Vaccination returns of the Province of Eastern Bengal and Assam - 1905-1912
Year: 1905
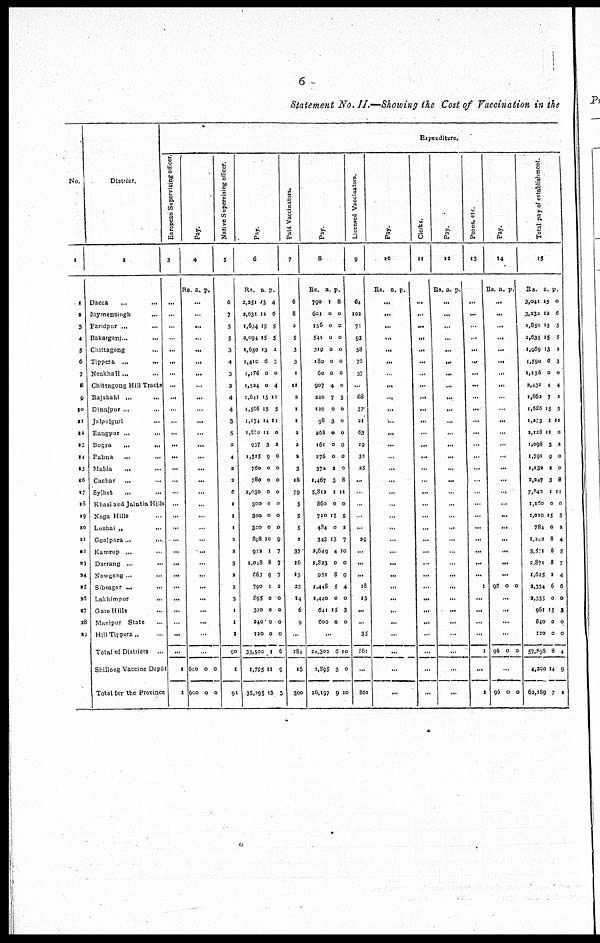
6
Statement No. II.—Showing the Cost of Vaccination in the
No.
1
1
2
3
4
5
6
7
8
9
10
11
13
13
14
15
16
17
18
19
20
21
22
23
24
25
26
27
28
29
District.
2
Dacca...
...
...
Mymensingh...
...
Faridpur...
...
Bakarganj...
...
Chittagong... ...
Tippera...
...
Noakhali... ...
Chittagong Hill Tracts
Rajshahi... ...
Dinajpur...
...
Jalpaiguri... ...
Rangpur... ...
Bogra...
...
Pabna...
...
Malda... ...
Cachar... ...
Sylhet...
...
Khasi and Jaintia Hills
Naga Hills
Lushai „
...
Goalpara...
...
Kamrup...
...
Darrang...
...
Nowgong ...
Sibsagar... ...
Lakhimpur...
...
Garo Hills...
Manipur State...
Hill Tippera „
Total of Districts...
Shillong Vaccine Depôt
Total for the Province
Expenditure.
European Supervising officer.
3
...
...
...
...
...
...
...
...
...
...
...
...
...
...
...
...
...
...
...
...
...
...
...
...
...
...
...
...
...
...
1
1
Pay.
4
Rs. a. p.
...
...
...
...
...
...
...
...
...
...
...
...
...
...
...
...
...
...
...
...
...
...
...
...
...
...
...
...
...
..
600
600
0
0
0
0
Native Supervising officer.
5
6
7
5
5
3
4
3
3
4
4
3
5
2
4
2
2
6
1
1
1
2
2
3
2
3
3
l
1
2
90
1
91
Pay.
6
Rs.
2,35l
2,631
1,694
2,094
1,650
1,410
1,176
1,524
1,641
1,566
l,174
1,860
937
1,515
760
780
2,030
300
300
300
898
922
1,048
663
790
895
320
240
120
33,500
1,795
35,295
a.
13
12
15
15
13
6
0
0
15
15
14
11
3
9
0
0
0
0
0
0
10
1
8
9
1
0
0
0
0
1
11
13
p.
4
6
5
5
2
3
0
4
11
5
11
0
2
0
0
0
0
0
0
0
9
7
7
7
2
0
0
0
0
6
9
3
Paid Vaccinators.
7
6
8
2
5
3
3
1
21
2
1
1
2
2
2
3
18
79
5
5
5
2
37
16
13
23
14
6
9
...
284
16
300
Pay.
8
Rs.
790
601
156
541
319
180
60
907
220
120
98
268
161
276
372
1,467
5,812
860
710
484
343
2,649
1,823
951
1,448
1,440
641
600
a.
1
0
0
0
0
0
0
4
7
0
3
0
0
0
2
3
1
0
15
0
13
4
0
8
5
0
15
0
p.
8
0
0
0
0
0
0
0
3
0
0
0
0
0
0
8
11
0
5
2
7
10
0
9
4
0
3
0
...
24,302
1,895
26,197
6
3
9
10
0
10
Licenced Vaccinators.
9
64
102
71
93
58
75
37
...
68
37
21
63
19
32
25
...
...
...
...
...
29
...
...
...
18
13
...
...
35
861
...
861
Pay.
10
Rs. a. p.
...
...
...
...
...
...
..
...
...
...
...
...
...
...
...
...
...
...
...
...
...
...
...
...
...
...
...
...
...
...
...
...
Clerks.
11
...
...
...
...
...
...
...
...
...
...
...
...
...
...
...
...
...
...
...
...
...
...
...
...
...
...
...
...
...
...
...
...
Pay.
12
Rs. a. p.
...
...
...
...
...
...
...
...
...
...
...
...
...
...
...
...
...
...
...
...
...
...
...
...
...
...
...
...
...
...
...
...
Peons, etc.
13
...
...
...
...
...
...
...
...
...
...
...
...
...
...
...
...
...
...
...
...
...
...
...
...
1
...
...
...
...
1
...
1
Pay.
14
Rs. a. p.
...
...
...
...
...
...
...
...
...
...
...
...
...
...
...
...
...
...
...
...
...
...
...
...
98 0 0
...
...
...
...
96 0 0
...
96 0 0
Total pay of establishment.
15
Rs.
3,041
3,232
1,850
2,635
1,969
1,590
1,236
2,431
1,862
1,636
1,273
2,128
1,098
1,791
1,132
2,247
7,842
1,150
1,010
784
1,242
3,571
2,871
1,615
2,334
2,335
961
840
120
57,898
4,200
62,189
a.
15
12
15
15
13
6
0
4
7
15
1
11
3
9
2
3
1
0
15
0
8
6
8
2
6
0
15
0
0
8
14
7
p.
0
6
5
5
2
3
0
4
2
5
11
0
2
0
0
8
11
0
5
2
4
5
7
4
6
0
3
0
0
4
9
1